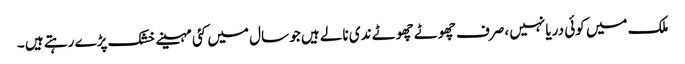
ملک میں کوئی دریا نہیں ،صرف چھوٹے چھوٹے ندی نالے ہیں جو سال میں کئی مہینے خشک پڑے رہتے ہیں ۔